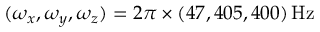
( \omega _ { x } , \omega _ { y } , \omega _ { z } ) = 2 \pi \times ( 4 7 , 4 0 5 , 4 0 0 ) \, \mathrm { H z }